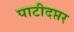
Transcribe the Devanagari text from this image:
पाटीदप्तर